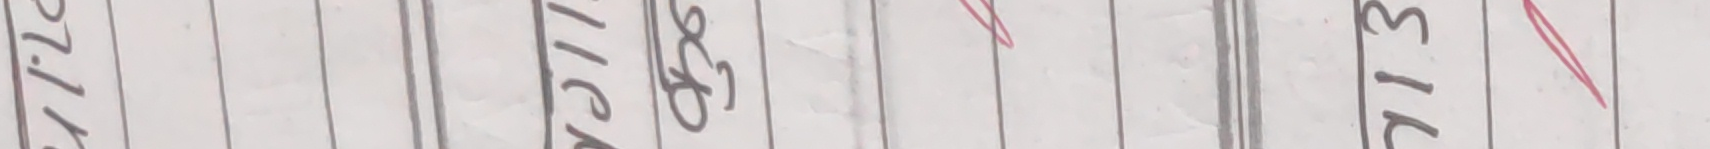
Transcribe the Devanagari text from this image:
२७. तिला इल्लेख छ २१३